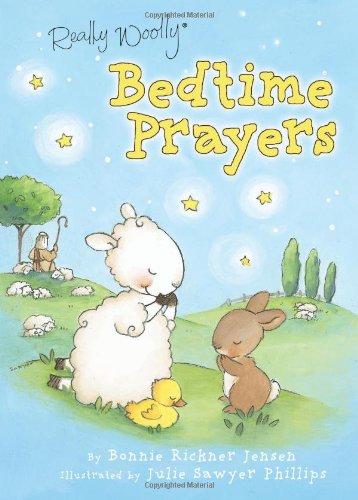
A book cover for Really Woolly Bedtime Prayers; DaySpring; Children's Books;